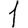
Digit: 1